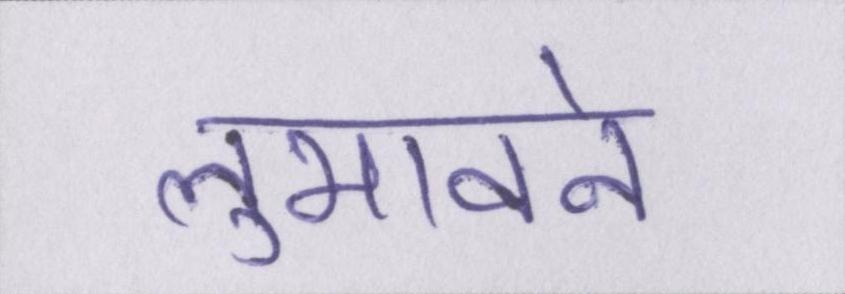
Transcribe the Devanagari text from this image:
लुभावने